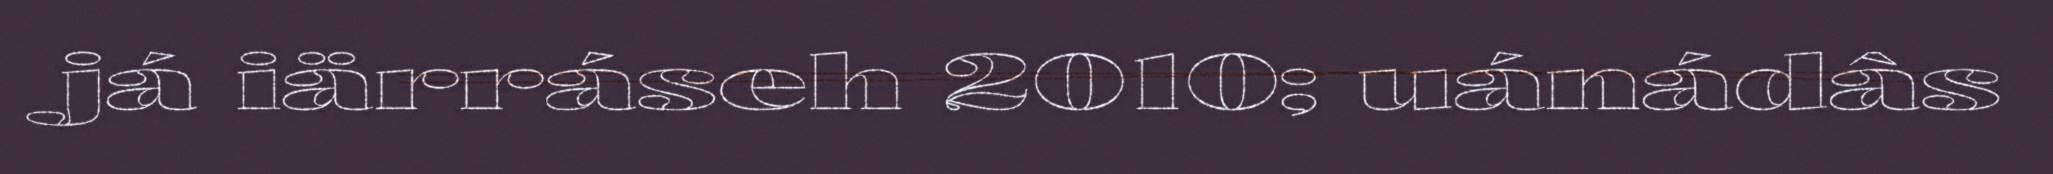
já iärráseh 2010; uánádâs